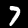
Label: 7